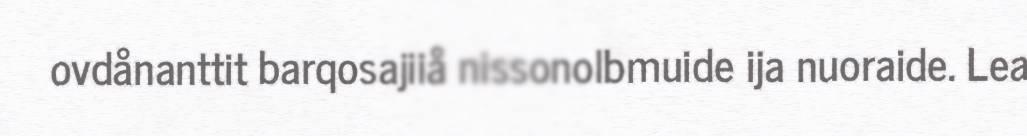
ovdånanttit barqosajiiå nissonolbmuide ija nuoraide. Lea